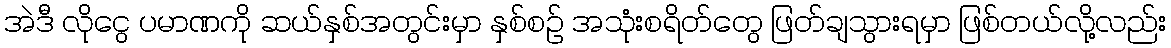
အဲဒီ လိုငွေ ပမာဏကို ဆယ်နှစ်အတွင်းမှာ နှစ်စဉ် အသုံးစရိတ်တွေ ဖြတ်ချသွားရမှာ ဖြစ်တယ်လို့လည်း